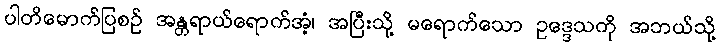
ပါတိမောက်ပြစဉ် အန္တရာယ်ရောက်အံ့၊ အပြီးသို့ မရောက်သော ဥဒ္ဒေသကို အဘယ်သို့